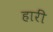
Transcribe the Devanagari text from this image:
हारीं